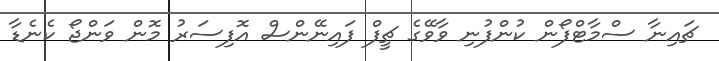
ޗައިނާ ސްމާޓްފޯން ކުންފުނި ވާވޭގެ ޗީފް ފައިނޭންސް އޮފިސަރު މޮން ވަންޖޯ ކެނެޑާ